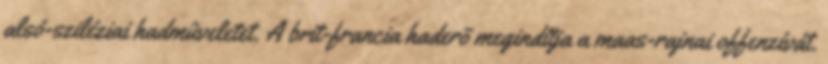
alsó-sziléziai hadmûveletet. A brit-francia haderõ megindítja a maas-rajnai offenzívát.